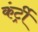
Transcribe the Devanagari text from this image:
कंर्ट्री